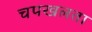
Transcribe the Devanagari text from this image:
चपखलता